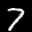
Label: 7